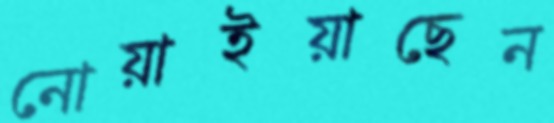
নোয়াইয়াছেন